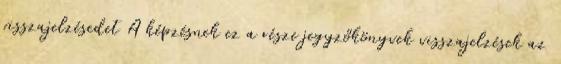
visszajelzésedet A képzésnek ez a része jegyzőkönyvek visszajelzések az